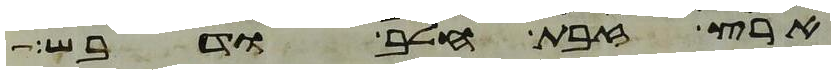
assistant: ארץ זבת חלב ודבש